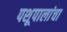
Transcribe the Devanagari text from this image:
पशूपालांचा